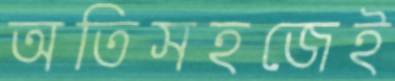
অতিসহজেই